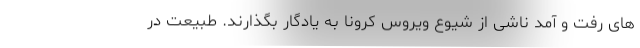
های رفت و آمد ناشی از شیوع ویروس کرونا به یادگار بگذارند. طبیعت در